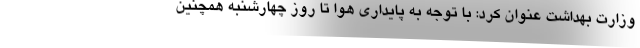
وزارت بهداشت عنوان کرد: با توجه به پایداری هوا تا روز چهارشنبه همچنین